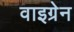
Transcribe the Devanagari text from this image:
वाइग्रेन